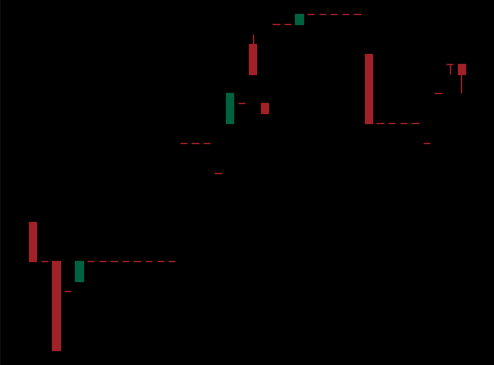
Pattern: bear_flag